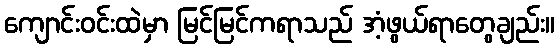
ကျောင်းဝင်းထဲမှာ မြင်မြင်ကရာသည် အံ့ဖွယ်ရာတွေချည်း။